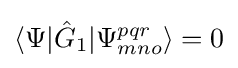
\langle \Psi |{\hat {G}}_{1}|\Psi _{mno}^{pqr}\rangle =0